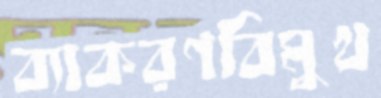
ব্যাকরণবিমুখ